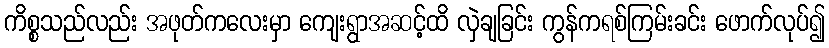
ကိစ္စသည်လည်း အဖုတ်ကလေးမှာ ကျေးရွာအဆင့်ထိ လှဲချခြင်း ကွန်ကရစ်ကြမ်းခင်း ဖောက်လုပ်၍